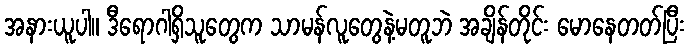
အနားယူပါ။ ဒီရောဂါရှိသူတွေက သာမန်လူတွေနဲ့မတူဘဲ အချိန်တိုင်း မောနေတတ်ပြီး